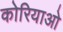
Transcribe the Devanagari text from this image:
कोरियाओ